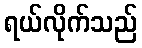
ရယ်လိုက်သည်